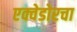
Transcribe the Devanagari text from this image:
एक्वेडोरचा